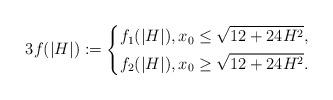
LaTeX: \begin{align*}3f(\vert H\vert) := \left\{\begin{aligned}f_1(\vert H\vert), x_0\le \sqrt{12+24H^2},\\f_2(\vert H\vert), x_0\ge \sqrt{12+24H^2}.\end{aligned}\right.\end{align*}